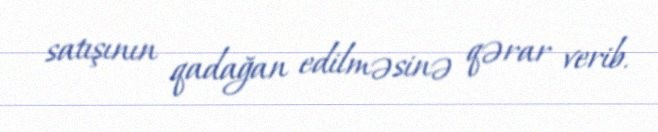
satışının qadağan edilməsinə qərar verib.